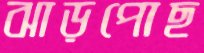
ঝাড়পোছ